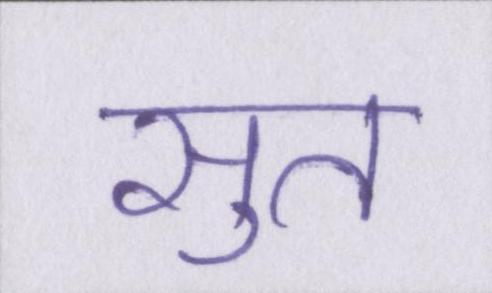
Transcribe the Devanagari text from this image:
सुत